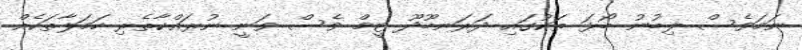
ނަމަވެސް ލިބުނު ބޯޅަ ތަކުގައި ދަރަނބޫދޫ ޓީމް ވެސް ވަނީ ނުރައްކާތެރި ހަމަލާތަކެއް